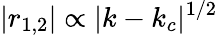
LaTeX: |r_{1,2}|\propto|k-k_{c}|^{1/2}